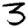
Digit: 3